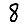
Digit: 8